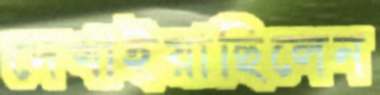
দেখাইয়াছিলেন